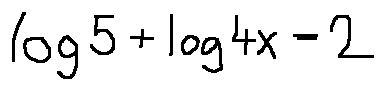
\log 5 + \log 4 x = 2